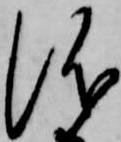
儀